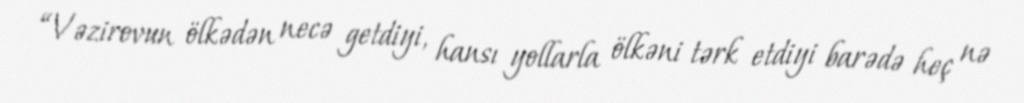
“Vəzirovun ölkədən necə getdiyi, hansı yollarla ölkəni tərk etdiyi barədə heç nə